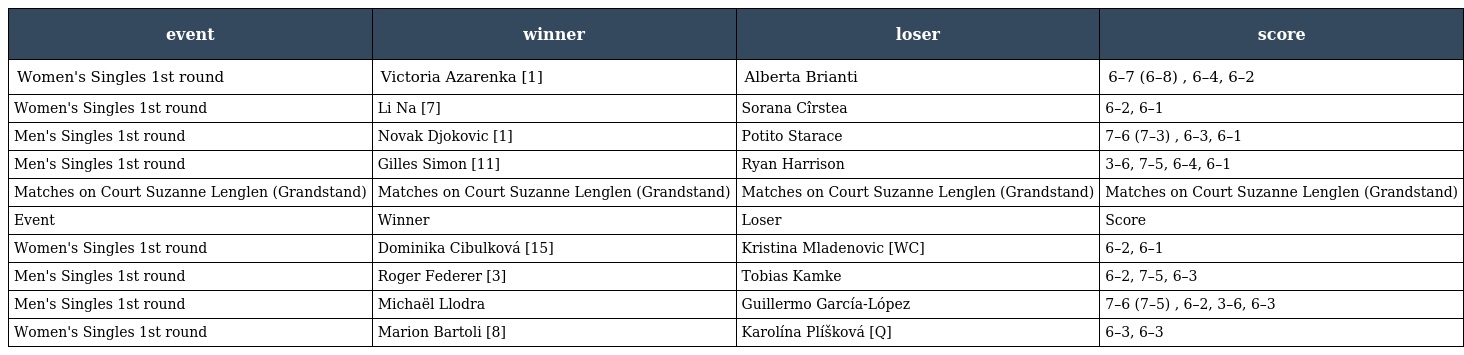
| event | winner | loser | score |
 | --- | --- | --- | --- |
 | Women's Singles 1st round | Victoria Azarenka [1] | Alberta Brianti | 6–7 (6–8) , 6–4, 6–2 |
 | Women's Singles 1st round | Li Na [7] | Sorana Cîrstea | 6–2, 6–1 |
 | Men's Singles 1st round | Novak Djokovic [1] | Potito Starace | 7–6 (7–3) , 6–3, 6–1 |
 | Men's Singles 1st round | Gilles Simon [11] | Ryan Harrison | 3–6, 7–5, 6–4, 6–1 |
 | Matches on Court Suzanne Lenglen (Grandstand) | Matches on Court Suzanne Lenglen (Grandstand) | Matches on Court Suzanne Lenglen (Grandstand) | Matches on Court Suzanne Lenglen (Grandstand) |
 | Event | Winner | Loser | Score |
 | Women's Singles 1st round | Dominika Cibulková [15] | Kristina Mladenovic [WC] | 6–2, 6–1 |
 | Men's Singles 1st round | Roger Federer [3] | Tobias Kamke | 6–2, 7–5, 6–3 |
 | Men's Singles 1st round | Michaël Llodra | Guillermo García-López | 7–6 (7–5) , 6–2, 3–6, 6–3 |
 | Women's Singles 1st round | Marion Bartoli [8] | Karolína Plíšková [Q] | 6–3, 6–3 |